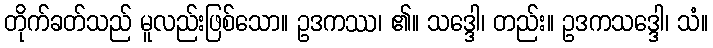
တိုက်ခတ်သည် မူလည်းဖြစ်သော။ ဥဒကဿ၊ ၏။ သဒ္ဒေါ၊ တည်း။ ဥဒကသဒ္ဒေါ၊ သံ။